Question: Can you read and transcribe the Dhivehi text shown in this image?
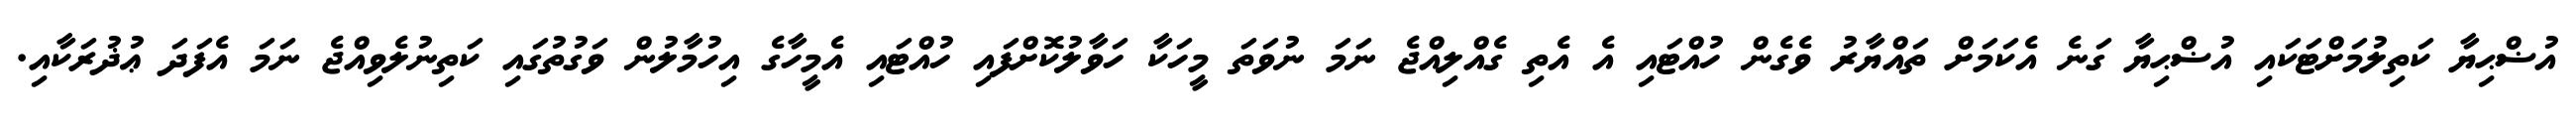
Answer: އުޟްޙިޔާ ކަތިލުމަށްޓަކައި އުޟްޙިޔާ ގަނެ އެކަމަށް ތައްޔާރު ވެގެން ހުއްޓައި އެ އެތި ގެއްލިއްޖެ ނަމަ ނުވަތަ މީހަކާ ހަވާލުކޮށްފައި ހުއްޓައި އެމީހާގެ އިހުމާލުން ވަގުތުގައި ކަތިނުލެވިއްޖެ ނަމަ އެފަދަ ޢުޛުރަކާއި.